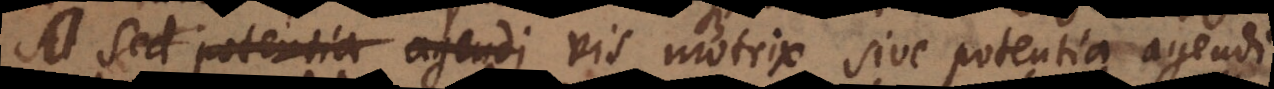
Sed potentia agendi At vis motrix sive potentia agendi